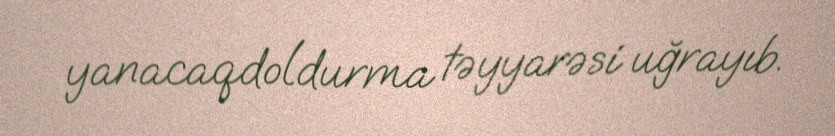
yanacaqdoldurma təyyarəsi uğrayıb.